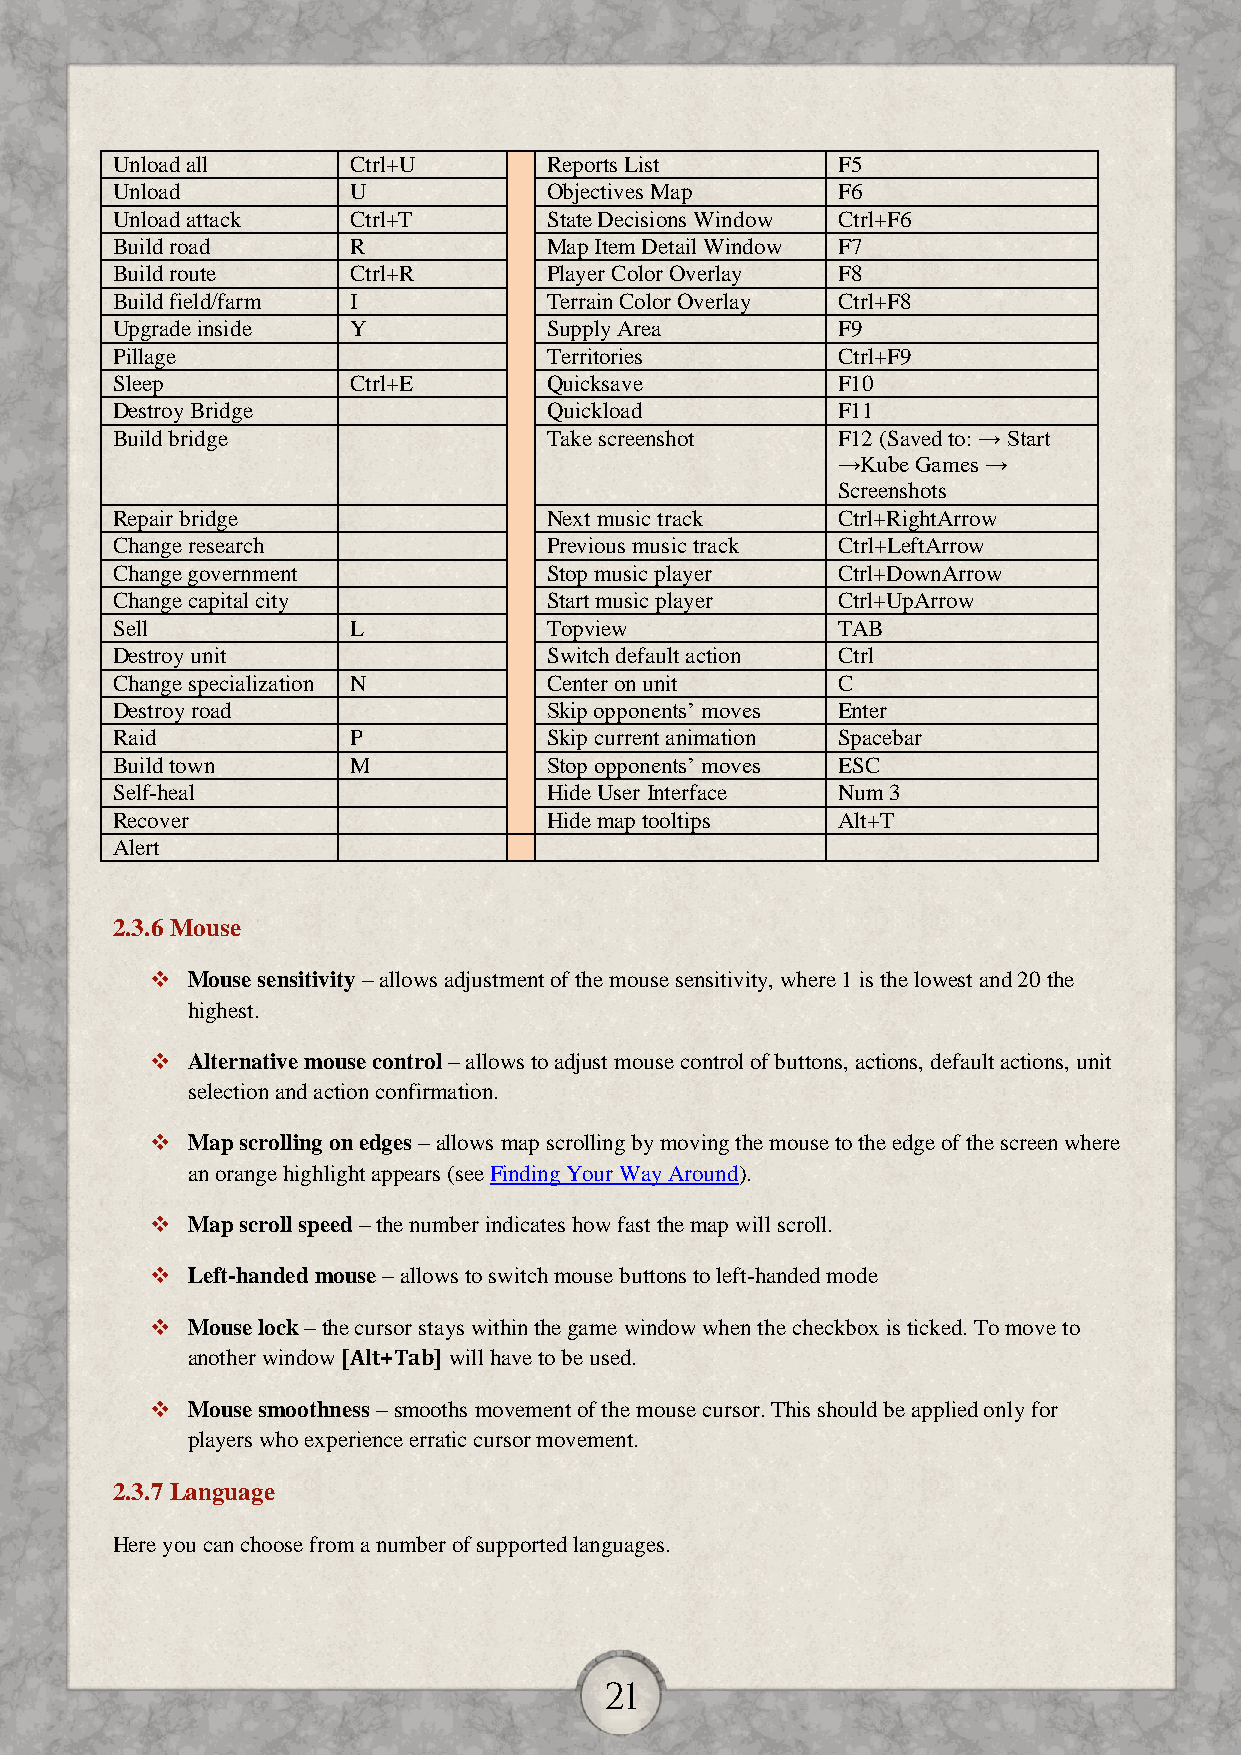
Unload all      Ctrl+U       Reports List       F5
 Unload          U            Objectives Map     F6
 Unload attack   Ctrl+T       State Decisions Window Ctrl+F6
 Build road      R            Map Item Detail Window F7
 Build route     Ctrl+R       Player Color Overlay F8
 Build field/farm I           Terrain Color Overlay Ctrl+F8
 Upgrade inside  Y            Supply Area        F9
 Pillage                      Territories        Ctrl+F9
 Sleep           Ctrl+E       Quicksave          F10
 Destroy Bridge               Quickload          F11
 Build bridge                 Take screenshot    F12 (Saved to: → Start
 →Kube Games →
 Screenshots
 Repair bridge                Next music track   Ctrl+RightArrow
 Change research              Previous music track Ctrl+LeftArrow
 Change government            Stop music player  Ctrl+DownArrow
 Change capital city          Start music player Ctrl+UpArrow
 Sell            L            Topview            TAB
 Destroy unit                 Switch default action Ctrl
 Change specialization N      Center on unit     C
 Destroy road                 Skip opponents’ moves Enter
 Raid            P            Skip current animation Spacebar
 Build town      M            Stop opponents’ moves ESC
 Self-heal                    Hide User Interface Num 3
 Recover                      Hide map tooltips  Alt+T
 Alert
 2.3.6 Mouse
  Mouse sensitivity – allows adjustment of the mouse sensitivity, where 1 is the lowest and 20 the
 highest.
  Alternative mouse control – allows to adjust mouse control of buttons, actions, default actions, unit
 selection and action confirmation.
  Map scrolling on edges – allows map scrolling by moving the mouse to the edge of the screen where
 an orange highlight appears (see Finding Your Way Around).
  Map scroll speed – the number indicates how fast the map will scroll.
  Left-handed mouse – allows to switch mouse buttons to left-handed mode
  Mouse lock – the cursor stays within the game window when the checkbox is ticked. To move to
 another window [Alt+Tab] will have to be used.
  Mouse smoothness – smooths movement of the mouse cursor. This should be applied only for
 players who experience erratic cursor movement.
 2.3.7 Language
 Here you can choose from a number of supported languages.
 21